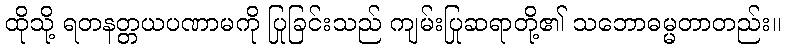
ထိုသို့ ရတနတ္တယပဏာမကို ပြုခြင်းသည် ကျမ်းပြုဆရာတို့၏ သဘောဓမ္မတာတည်း။